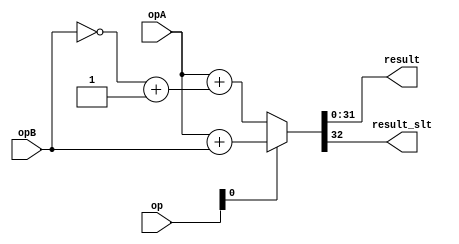
/****************************************************************************
          AddSub unit
- Should perform ADD, ADDU, SUBU, SUB, SLT, SLTU

  is_slt signext addsub
    op[2] op[1] op[0]  |  Operation
0     0     0     0         SUBU
2     0     1     0         SUB
1     0     0     1         ADDU
3     0     1     1         ADD
4     1     0     0         SLTU
6     1     1     0         SLT

****************************************************************************/
module addersub (
            opA, opB,
            op, 
            result,
            result_slt );

parameter WIDTH=32;


input [WIDTH-1:0] opA;
input [WIDTH-1:0] opB;
//input carry_in;
input [3-1:0] op;

output [WIDTH-1:0] result;
output result_slt;

wire carry_out;
//wire [WIDTH:0] sum;
reg [WIDTH:0] sum;

// Mux between sum, and slt
wire is_slt;
wire signext;
wire addsub;

assign is_slt=op[2];
assign signext=op[1];
assign addsub=op[0];

assign result=sum[WIDTH-1:0];
//assign result_slt[WIDTH-1:1]={31{1'b0}};
//assign result_slt[0]=sum[WIDTH];
assign result_slt=sum[WIDTH];
wire [WIDTH-1:0] oA;
wire [WIDTH-1:0] oB;
wire [WIDTH-1:0] o_B;
assign oA = {signext&opA[WIDTH-1],opA};
assign oB = {signext&opB[WIDTH-1],opB};
assign o_B = ~{signext&opB[WIDTH-1],opB} + 1'b1;
always @(*) begin
	if(addsub == 1'b1) begin
		sum = oA + oB;
	end else begin
		sum = oA + o_B;
	end
end

/*
lpm_add_sub adder_inst(
    .dataa({signext&opA[WIDTH-1],opA}),
    .datab({signext&opB[WIDTH-1],opB}),
    .cin(~addsub),
    .add_sub(addsub),
    .result(sum)
        // synopsys translate_off
        ,
        .cout (),
        .clken (),
        .clock (),
        .overflow (),
        .aclr ()
        // synopsys translate_on
    );
defparam 
    adder_inst.lpm_width=WIDTH+1,
    adder_inst.lpm_representation="SIGNED";
*/
assign carry_out=sum[WIDTH];


endmodule